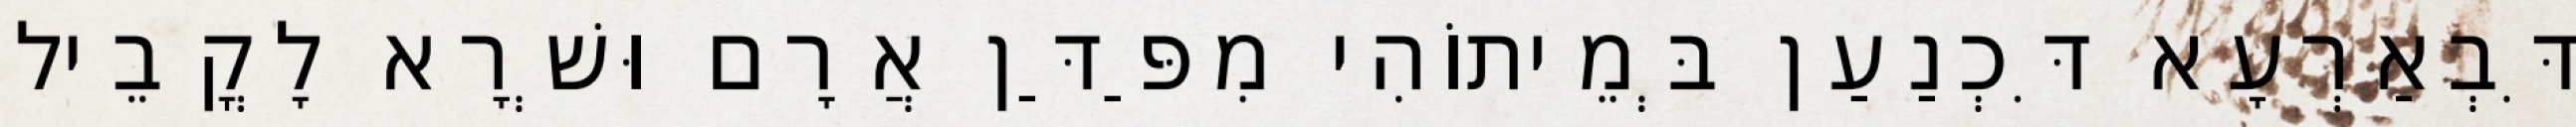
דִּבְאַרְעָא דִּכְנַעַן בְּמֵיתוֹהִי מִפַּדַּן אֲרָם וּשְׁרָא לָקֳבֵיל